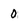
Character: 0